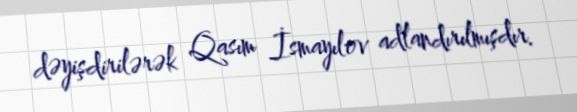
dəyişdirilərək Qasım İsmayılov adlandırılmışdır.